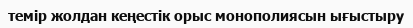
темір жолдан кеңестік орыс монополиясын ығыстыру